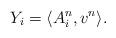
LaTeX: \begin{align*}Y_i=\langle A_i^n,v^n \rangle.\end{align*}